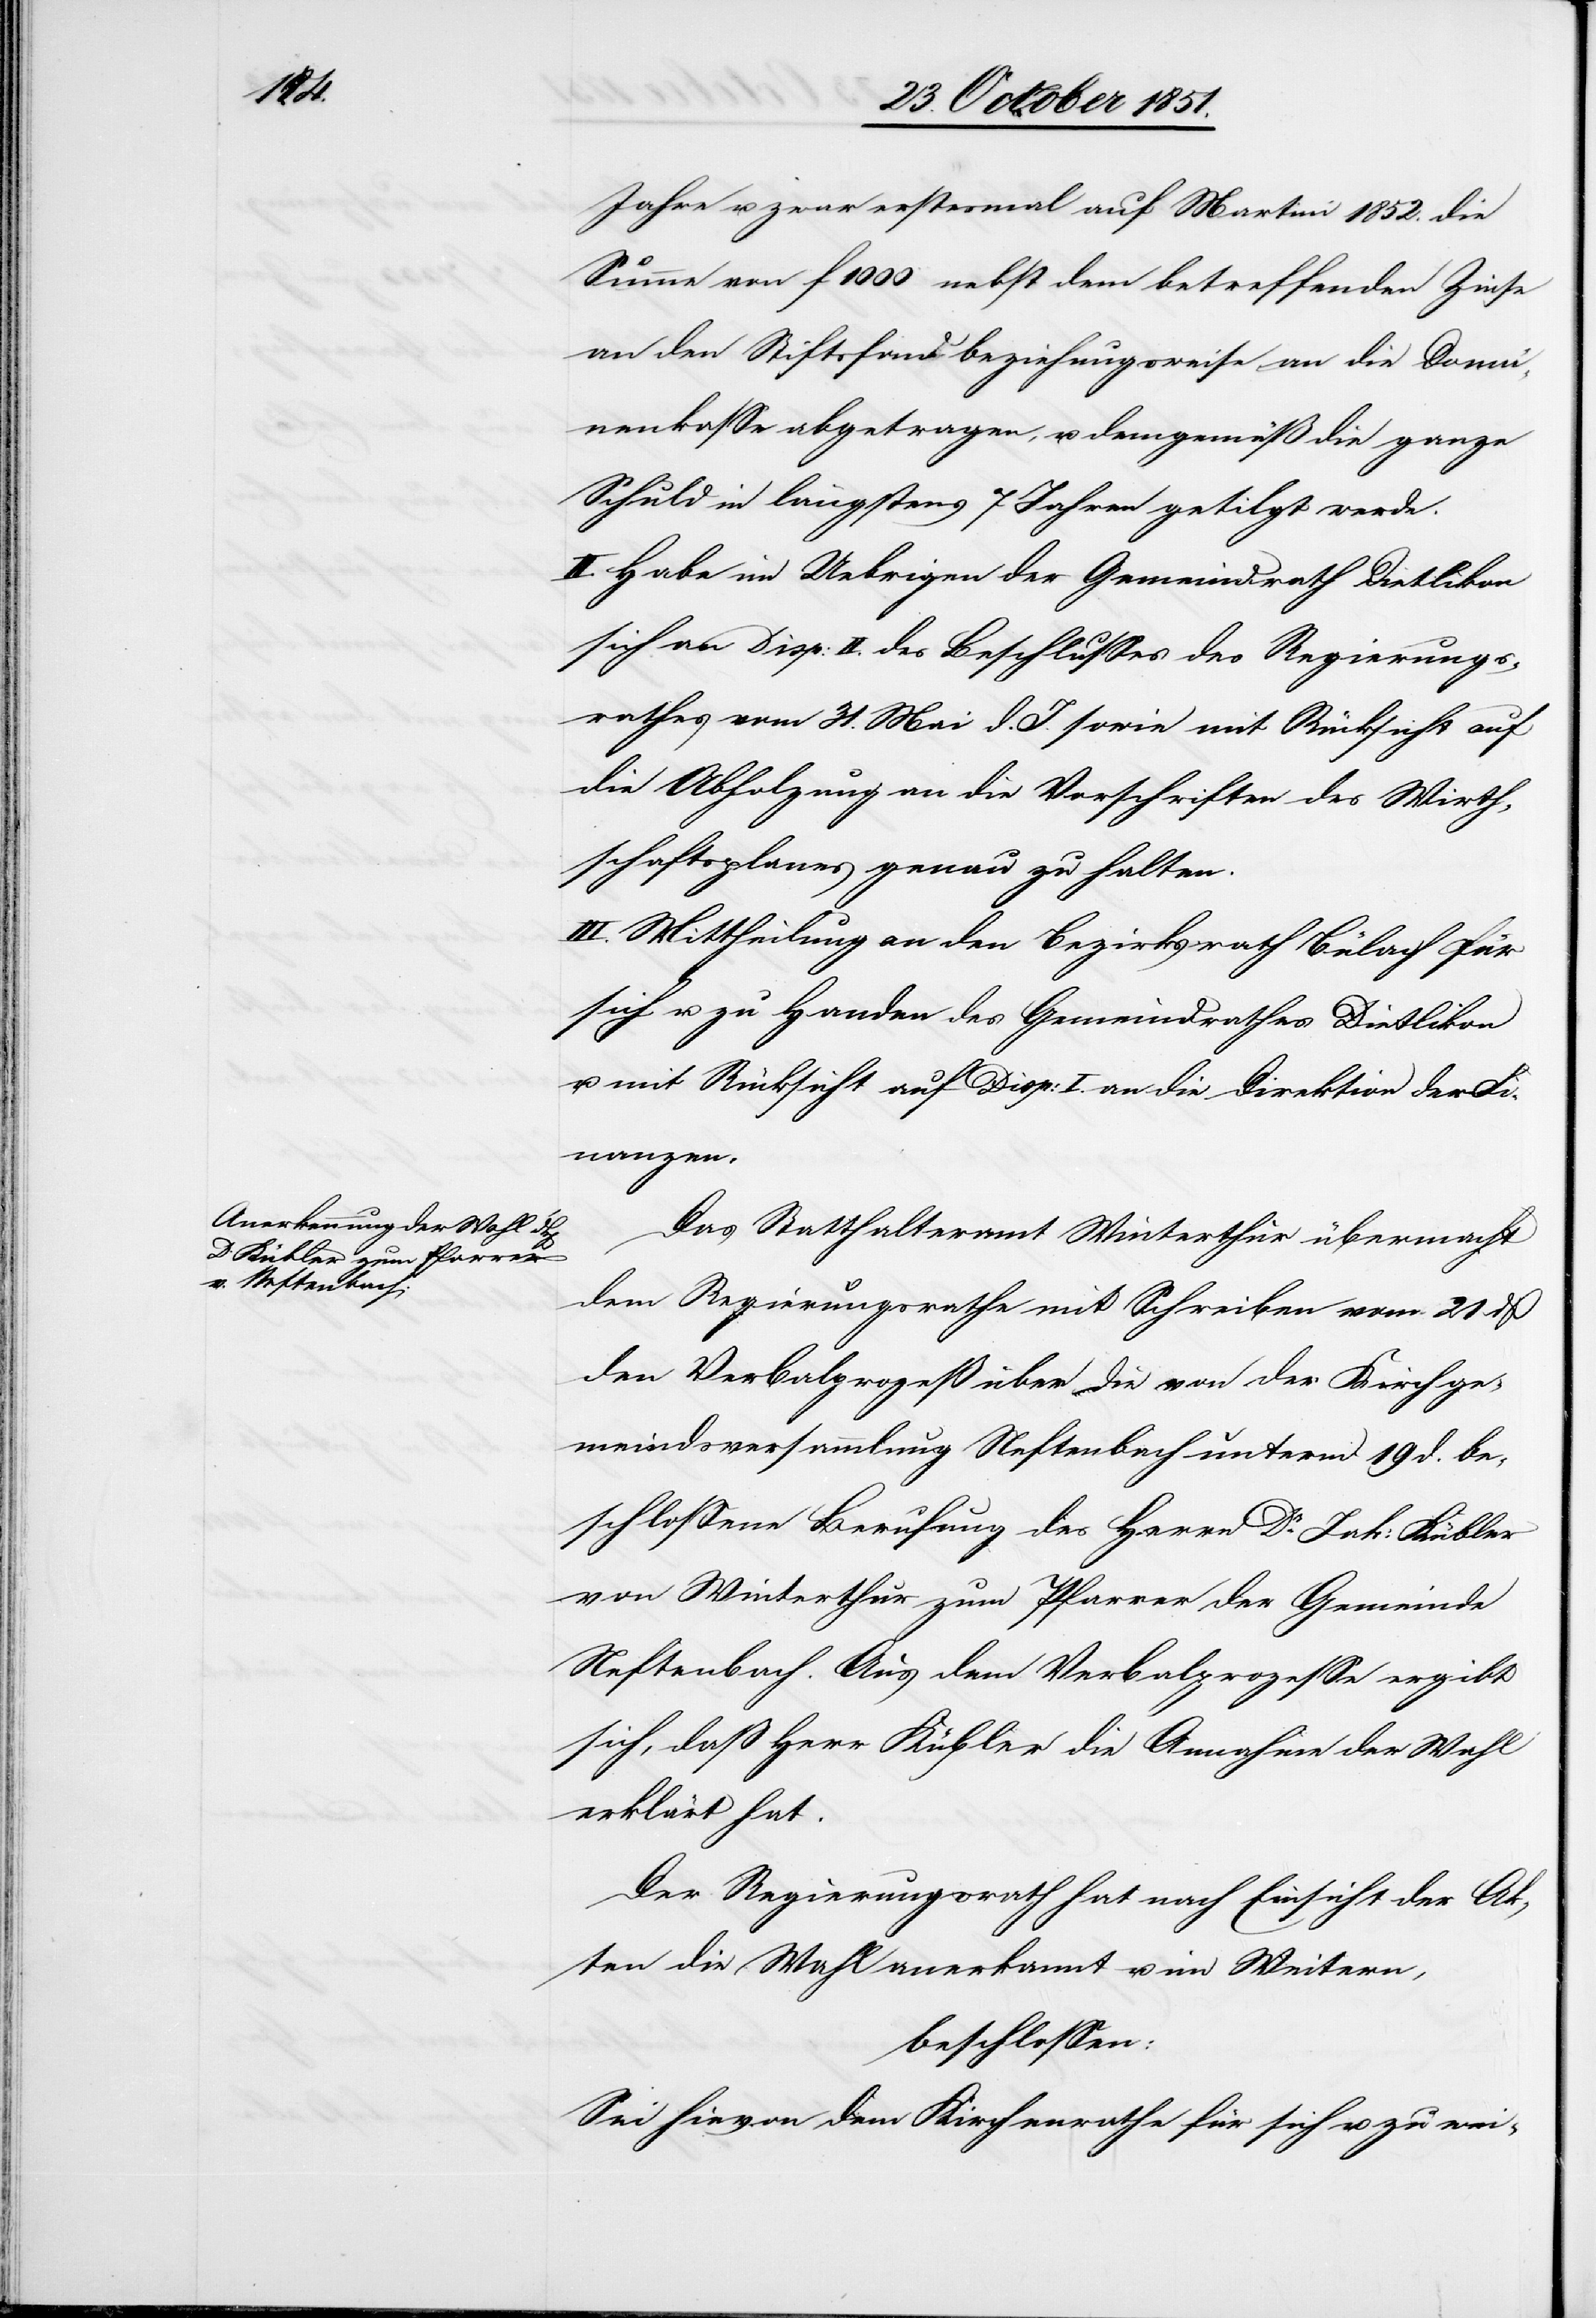
Jahre u. zwar erstesmal auf Martini 1852. die
Summe von f 1000 nebst dem betreffenden Zinse
an den Stiftsfond beziehungsweise an die Domä¬
nenkasse abgetragen, u. demgemäß die ganze
Schuld in längstens 7 Jahren getilgt werde.
II. Habe im Uebrigen der Gemeindrath Dietlikon
sich an Disp: II. des Beschlusses des Regierungs¬
rathes vom 31. Mai d. J. sowie mit Rücksicht auf
die Abholzung an die Vorschriften des Wirth¬
schaftsplanes genau zu halten.
III. Mittheilung an den Bezirksrath Bülach für
sich u. zu Handen des Gemeindrathes Dietlikon
u. mit Rücksicht auf Disp: I. an die Direktion der Fi¬
nanzen.
Das Statthalteramt Winterthur übermacht
dem Regierungsrathe mit Schreiben vom 21 dß
den Verbalprozeß über die von der Kirchge¬
meindsversammlung Neftenbach unterm 19 d. be¬
schlossene Berufung des Herrn Dr. Jak: Kübler
von Winterthur zum Pfarrer der Gemeinde
Neftenbach. Aus dem Verbalprozesse ergibt
sich, daß Herr Kübler die Annahme der Wahl
erklärt hat.
Der Regierungsrath hat nach Einsicht der Ak¬
ten die Wahl anerkannt u. im Weitern,
beschlossen:
Sei hievon dem Kirchenrathe für sich u. zu wei-